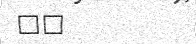
٣٩